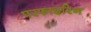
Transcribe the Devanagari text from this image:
परफाइरिन